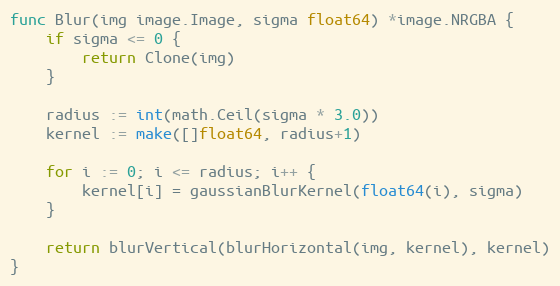
Language: Go
func Blur(img image.Image, sigma float64) *image.NRGBA {
	if sigma <= 0 {
		return Clone(img)
	}

	radius := int(math.Ceil(sigma * 3.0))
	kernel := make([]float64, radius+1)

	for i := 0; i <= radius; i++ {
		kernel[i] = gaussianBlurKernel(float64(i), sigma)
	}

	return blurVertical(blurHorizontal(img, kernel), kernel)
}